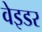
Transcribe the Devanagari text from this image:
वेइडर